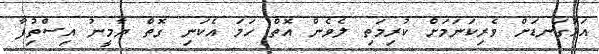
އަޅުގަނޑަށް ވެރިކަނަމަށް ކުރިމަތި ލެވެން އޮތް ހަމަ އެކަނި ގޮތް ޔާމީނު އިސްތިުފާ